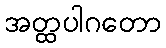
အတ္ထပါဂတော